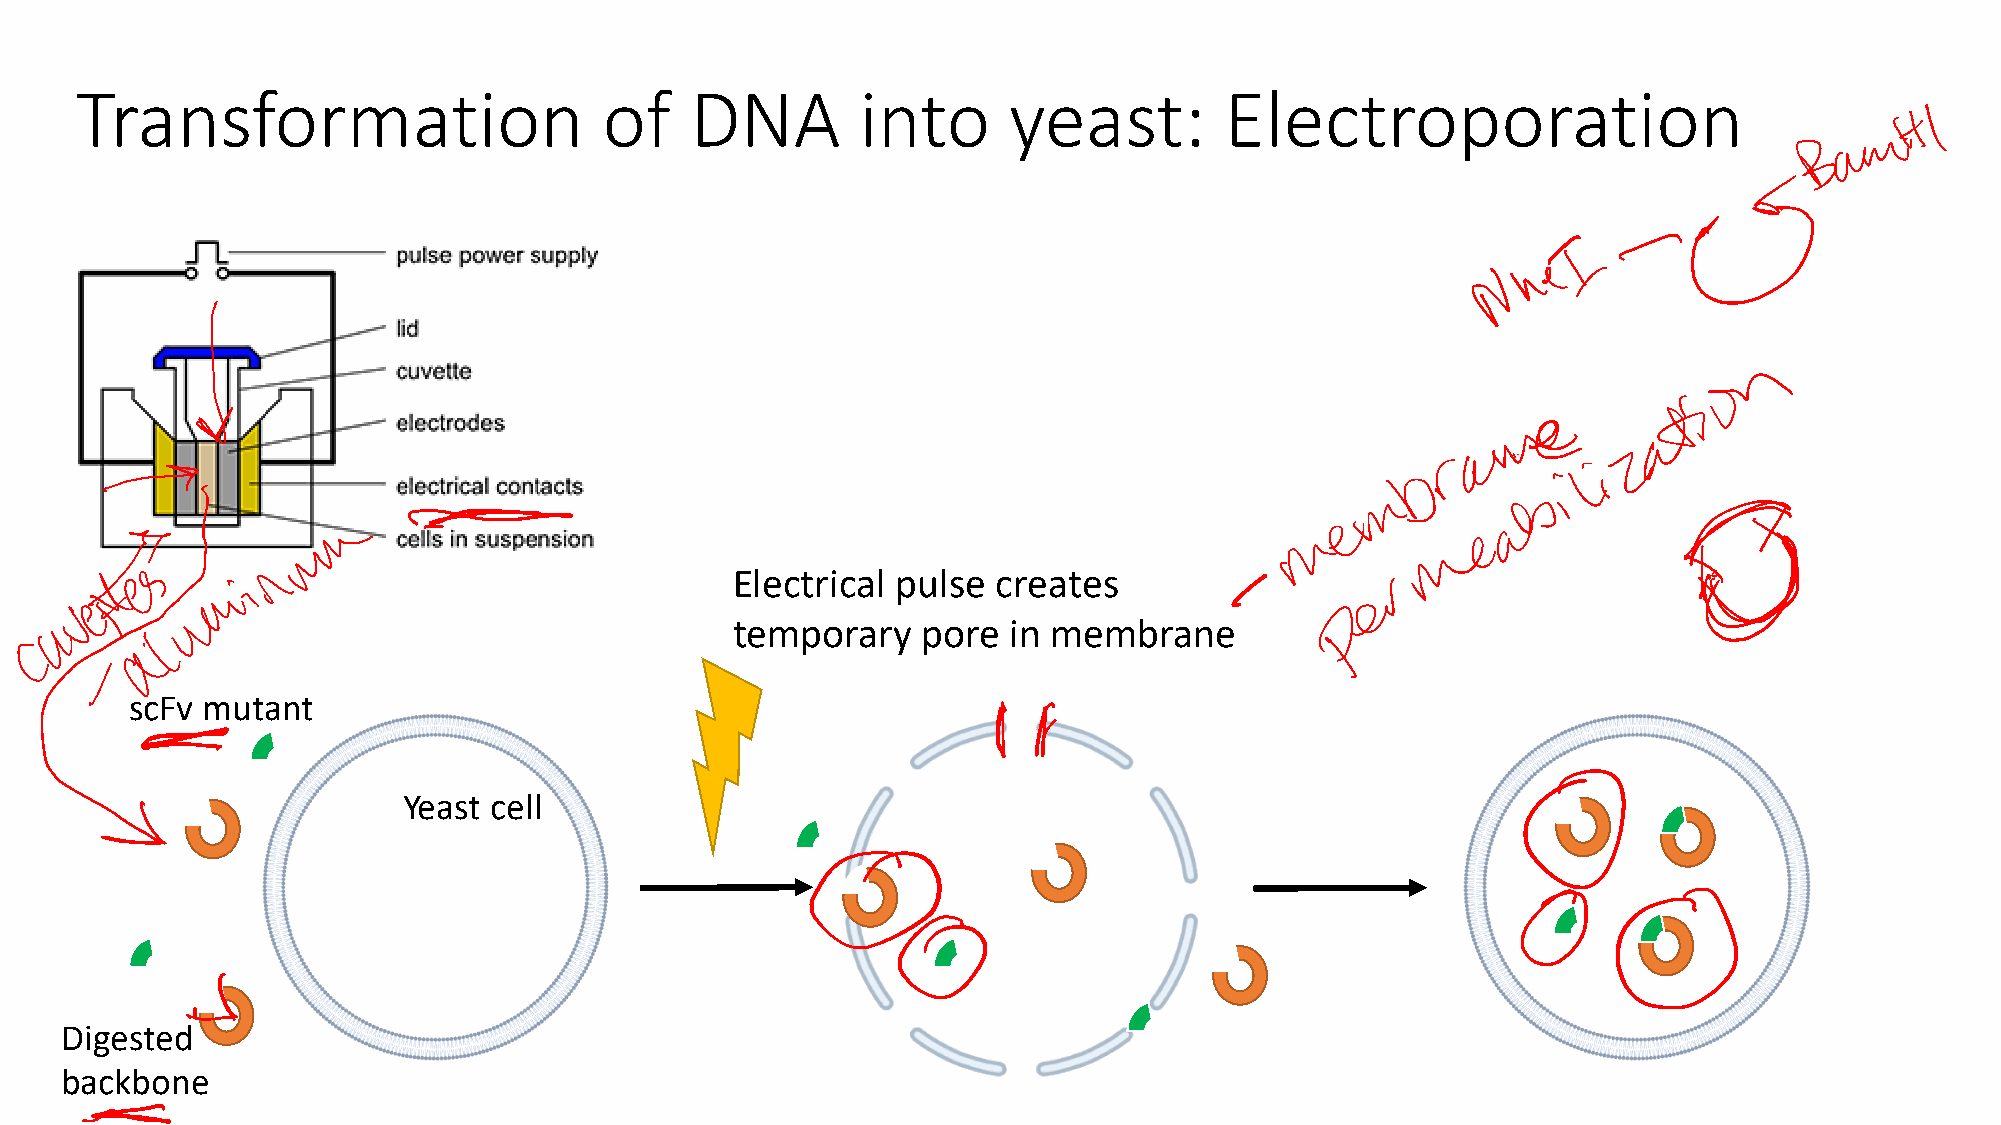
Transformation                     of    DNA        into      yeast:        Electroporation
 Electrical pulse  creates
 temporary    pore  in membrane
 scFv mutant
 Yeast cell
 Digested
 backbone